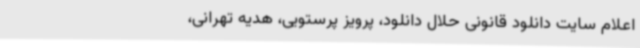
اعلام سایت دانلود قانونی حلال دانلود، پرویز پرستویی، هدیه تهرانی،